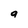
Character: g